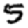
Digit: 5